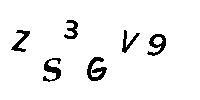
Z3SGV9